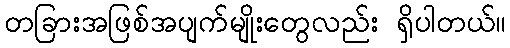
တခြားအဖြစ်အပျက်မျိုးတွေလည်း ရှိပါတယ်။